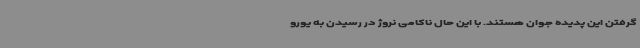
گرفتن این پدیده جوان هستند. با این حال ناکامی نروژ در رسیدن به یورو